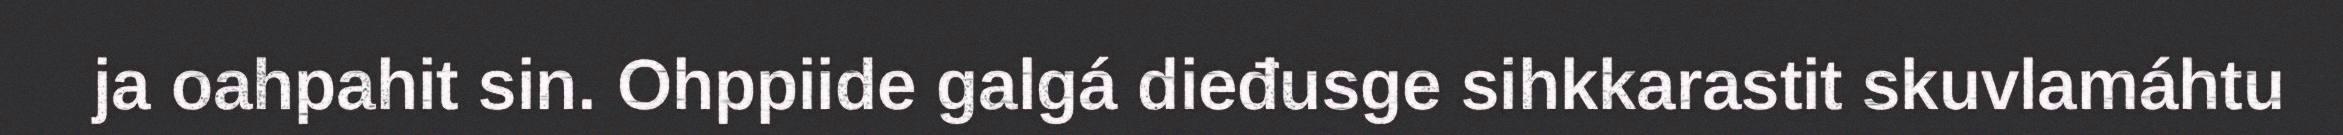
ja oahpahit sin. Ohppiide galgá dieđusge sihkkarastit skuvlamáhtu